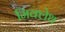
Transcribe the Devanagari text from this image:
मिक्लेथ